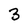
Character: 3